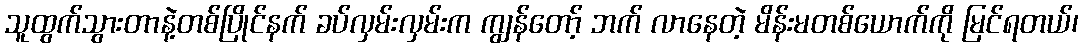
သူထွက်သွားတာနဲ့တစ်ပြိုင်နက် ခပ်လှမ်းလှမ်းက ကျွန်တော့် ဘက် လာနေတဲ့ မိန်းမတစ်ယောက်ကို မြင်ရတယ်၊